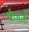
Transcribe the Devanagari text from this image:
कैमनों